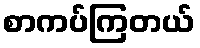
စာကပ်ကြတယ်